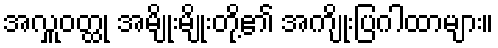
အလှူဝတ္ထု အမျိုးမျိုးတို့၏ အကျိုးပြဂါထာများ။